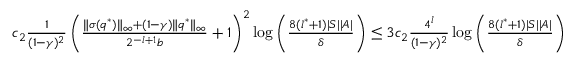
\begin{array} { r } { c _ { 2 } \frac { 1 } { ( 1 - \gamma ) ^ { 2 } } \left( \frac { \| \sigma ( q ^ { * } ) \| _ { \infty } + ( 1 - \gamma ) \| q ^ { * } \| _ { \infty } } { 2 ^ { - l + 1 } b } + 1 \right) ^ { 2 } \log \left( \frac { 8 ( l ^ { * } + 1 ) | S | | A | } { \delta } \right) \leq 3 c _ { 2 } \frac { 4 ^ { l } } { ( 1 - \gamma ) ^ { 2 } } \log \left( \frac { 8 ( l ^ { * } + 1 ) | S | | A | } { \delta } \right) } \end{array}